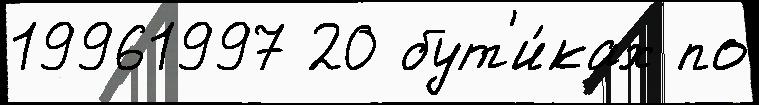
19961997 20 бут'и́ках по